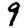
Digit: 9